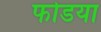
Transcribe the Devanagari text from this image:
फोडया